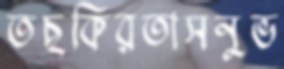
তছকিরতাসনুভ